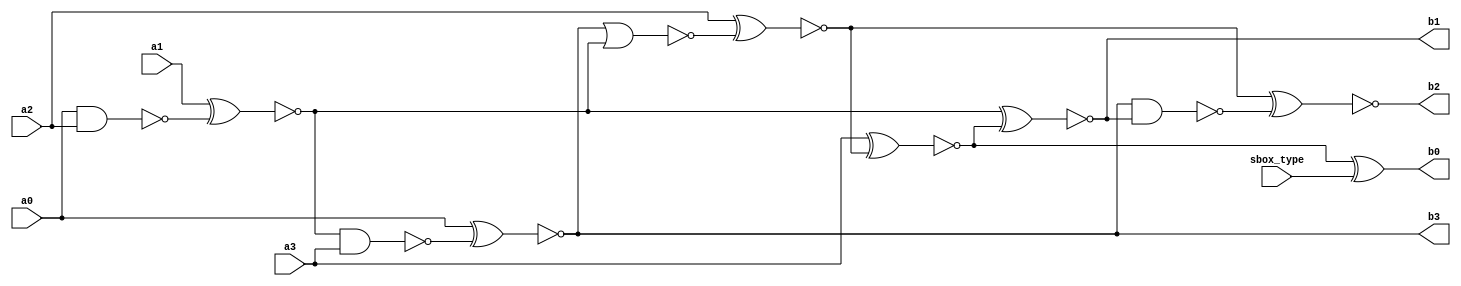


// sbox_type = 1 for permutation

module GS(a3,a2,a1,a0,sbox_type,
          b3,b2,b1,b0);

input  a3,a2,a1,a0,sbox_type;
output b3,b2,b1,b0;

/*
wire t0,t1,t2,t3,s1,s2;

assign t1 = a1 ~^ ~(a0 & a2);
assign t0 = a0 ~^ ~(t1 & a3);
assign t2 = a2 ~^ ~(t0 | t1);
assign t3 = a3 ~^ t2;
assign s1 = t1 ~^ t3;
assign s2 = t2 ~^ ~(t0 & s1);

assign b3 = t0;
assign b1 = s1;
assign b2 = s2;
assign b0 = t3 ^ sbox_type;
*/

nand (a0_a2,a0,a2);
xnor (t1,a1,a0_a2);

nand (t1_a3,t1,a3);
xnor (t0,a0,t1_a3);

nor  (t0_t1,t0,t1);
xnor (t2,a2,t0_t1);

xnor (t3,a3,t2);

xnor (s1,t1,t3);

nand (t0_s1,t0,s1);
xnor (s2,t2,t0_s1);

buf  (b3,t0);
buf  (b1,s1);
buf  (b2,s2);
xor  (b0,t3,sbox_type);

endmodule